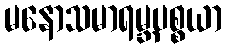
မနောသမာရမ္ဘပစ္စယာ